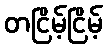
တငြိမ့်ငြိမ့်